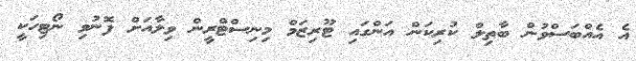
އެ އެއްބަސްވުން ބާތިލް ކުރިކަން އަންގައި ޓޫރިޒަމް މިނިސްޓްރީން ވިލާއަށް ފޮނުވި ނޯޓިހަކީ